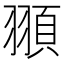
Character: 頨